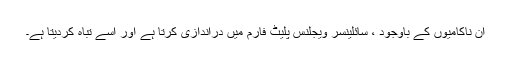
ان ناکامیوں کے باوجود ، سائلینسر ویجلنس پلیٹ فارم میں دراندازی کرتا ہے اور اسے تباہ کردیتا ہے۔